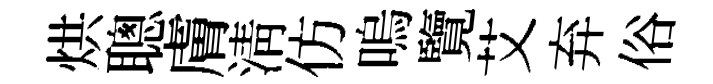
烘聰膚清仿嗚覽艾弃俗